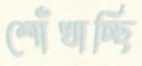
শোঁখাচ্ছি